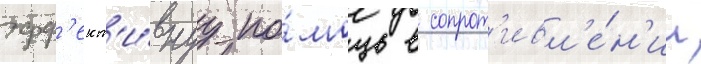
эфф'ект'и́внуу по́мощь в сопрот'ивл'е́н'ии